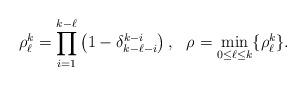
LaTeX: \begin{align*}\rho^k_\ell = \prod\limits^{k-\ell}_{i=1} \left(1-\delta_{k-\ell-i}^{k-i}\right), \ \ \rho_{} = \min_{0 \leq \ell \leq k}\{\rho^k_\ell\}.\end{align*}